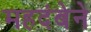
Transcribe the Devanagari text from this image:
महदंबेने